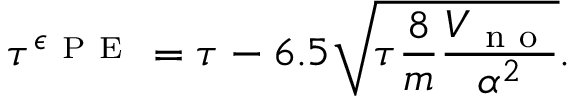
\tau ^ { \epsilon _ { \mathrm { ~ P ~ E ~ } } } = \tau - 6 . 5 \sqrt { \tau \frac { 8 } { m } \frac { V _ { \mathrm { ~ n ~ o ~ } } } { \alpha ^ { 2 } } } .